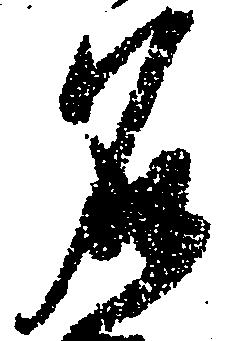
名